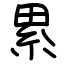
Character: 累